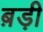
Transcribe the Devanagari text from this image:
ब़ड़ी